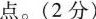
点。(2分)